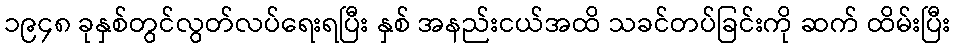
၁၉၄၈ ခုနှစ်တွင်လွတ်လပ်ရေးရပြီး နှစ် အနည်းငယ်အထိ သခင်တပ်ခြင်းကို ဆက် ထိမ်းပြီး